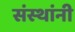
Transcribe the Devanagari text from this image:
संस्‍थांनी